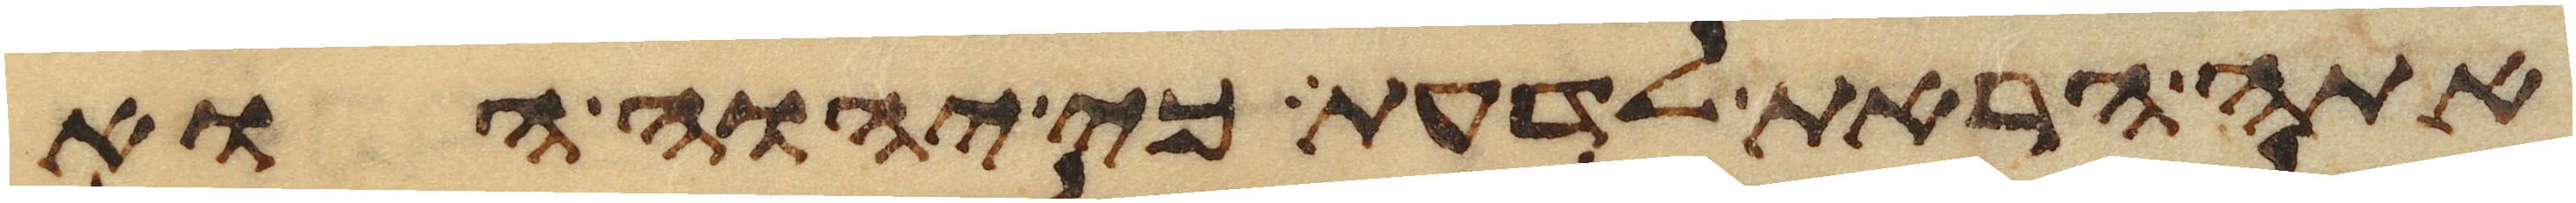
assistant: אתה הראת לדעת כי יהוה הוא